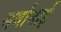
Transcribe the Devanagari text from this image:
सर्वानाई